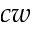
c w